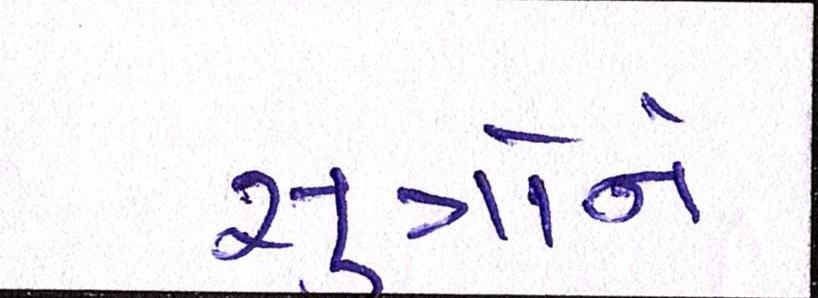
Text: સુત્રોને